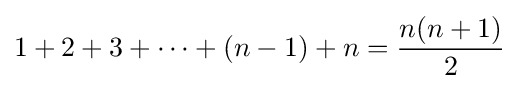
1+2+3+\cdots +(n-1)+n={\frac {n(n+1)}{2}}